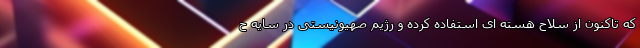
که تاکنون از سلاح هسته ای استفاده کرده و رژیم صهیونیستی در سایه ح